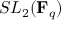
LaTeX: S L _ { 2 } ( \mathbf { F } _ { q } )